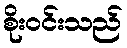
စိုးဝင်းသည်